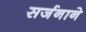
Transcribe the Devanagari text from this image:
सर्जनाने